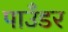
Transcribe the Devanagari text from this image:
पाउँडर